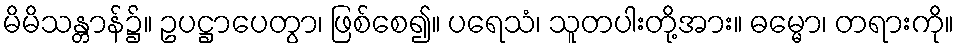
မိမိသန္တာန်၌။ ဥပဋ္ဌာပေတွာ၊ ဖြစ်စေ၍။ ပရေသံ၊ သူတပါးတို့အား။ ဓမ္မော၊ တရားကို။